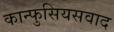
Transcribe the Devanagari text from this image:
कान्फुसियसवाद